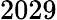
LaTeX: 2029